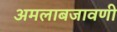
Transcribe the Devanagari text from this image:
अमलाबजावणी